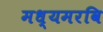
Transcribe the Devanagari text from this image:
मध्यमरवि